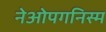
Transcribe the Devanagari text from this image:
नेओपगनिस्म